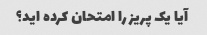
آیا یک پریز را امتحان کرده اید؟